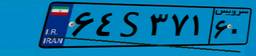
۱۷S۰۱۷۵۱